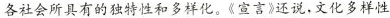
各社会所具有的独特性和多样化。《宣言》还说，文化多样性